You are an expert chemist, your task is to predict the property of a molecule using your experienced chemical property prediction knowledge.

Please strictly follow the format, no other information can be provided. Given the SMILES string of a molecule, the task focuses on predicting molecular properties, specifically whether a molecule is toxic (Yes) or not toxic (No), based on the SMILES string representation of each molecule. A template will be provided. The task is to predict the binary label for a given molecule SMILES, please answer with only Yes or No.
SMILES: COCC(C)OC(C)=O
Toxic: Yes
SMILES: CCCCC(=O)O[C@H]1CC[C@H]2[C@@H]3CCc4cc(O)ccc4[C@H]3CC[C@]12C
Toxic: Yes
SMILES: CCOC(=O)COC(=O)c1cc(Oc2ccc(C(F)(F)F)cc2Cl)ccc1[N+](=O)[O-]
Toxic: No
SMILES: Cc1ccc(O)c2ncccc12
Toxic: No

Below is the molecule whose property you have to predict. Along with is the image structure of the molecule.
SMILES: CCCCCCCc1ccc(O)cc1
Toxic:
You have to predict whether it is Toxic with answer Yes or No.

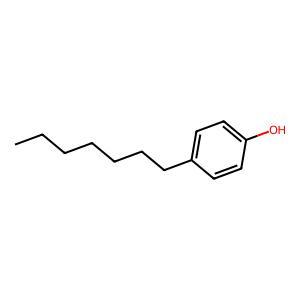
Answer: No